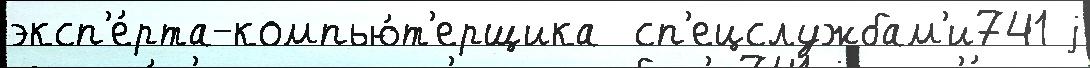
эксп'е́рта-компью́т'ерщика  сп'ецслужбам'и741 j